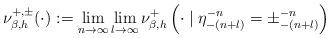
LaTeX: \begin{align*}&\nu_{\beta,h}^{+,\pm} (\cdot) := \lim_{n \rightarrow \infty} \lim_{l\rightarrow \infty} \nu_{\beta,h}^+ \left( \cdot \mid \eta^{-n}_{-(n+l)} = \pm^{-n}_{-(n+l)} \right)\end{align*}